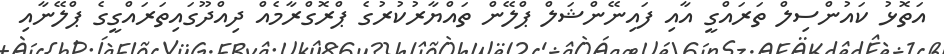
އަތޮޅު ކައުންސިލް ތަރައްގީ އާއި ފައިނޭންޝަލް ޕްލޭން ތައްޔާރުކުރުގެ ޕްރޮގްރާމެއް ދިއްދޫގައިތަރައްގީގެ ޕްލޭނާއި